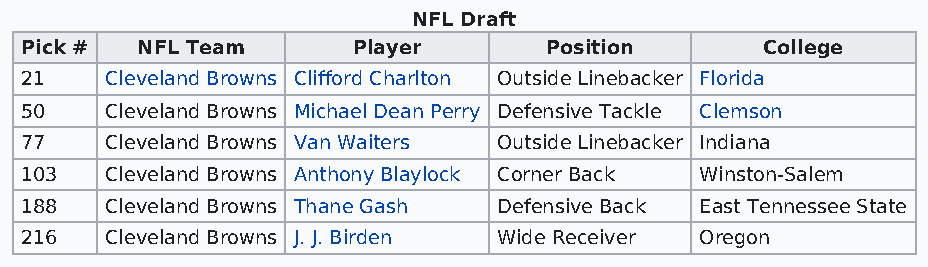
NFL Draft
 Pick #  NFL Team      Player       Position      College
 21    Cleveland Browns Clifford Charlton Outside Linebacker Florida
 50    Cleveland Browns Michael Dean Perry Defensive Tackle Clemson
 77    Cleveland Browns Van Waiters Outside Linebacker Indiana
 103   Cleveland Browns Anthony Blaylock Corner Back Winston-Salem
 188   Cleveland Browns Thane Gash Defensive Back East Tennessee State
 216   Cleveland Browns J. J. Birden Wide Receiver Oregon